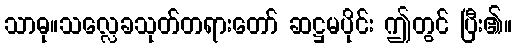
သာဓု။သလ္လေခသုတ်တရားတော် ဆဋ္ဌမပိုင်း ဤတွင် ပြီး၏။